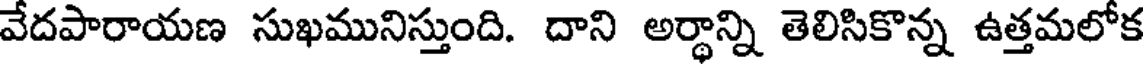
వేదపారాయణ సుఖమునిస్తుంది. దాని అర్థాన్ని తెలిసికొన్న ఉత్తమలోక